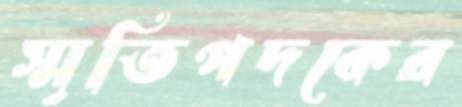
স্মৃতিপদকের